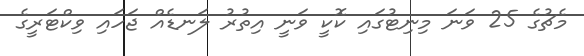
މެޗުގެ 25 ވަނަ މިނިޓުގައި ކޮކީ ވަނީ އިތުރު ލަނޑެއް ޖަހައި ވިކްޓަރީގެ